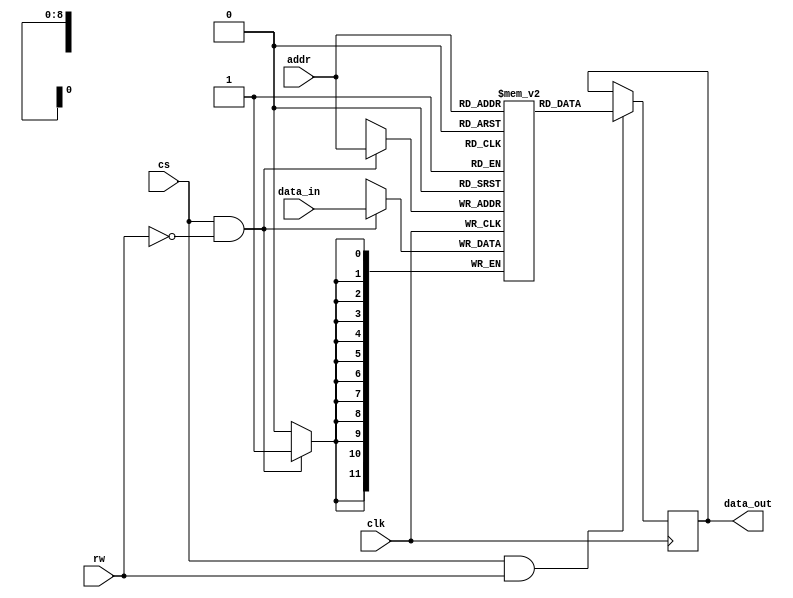
//----------------------------------------------------------------------------
//-- Memoria RAM genrica
//------------------------------------------
//-- (C) BQ. October 2015. Written by Juan Gonzalez (Obijuan)
//-- GPL license
//----------------------------------------------------------------------------
//-- Memoria con los siguientes parametros:
//--  * AW: Numero de bits de las direcciones
//--  * DW: Numero de bits de los datos
//--  * ROMFILE: Fichero a usar para cargar la memoria
//--
//-- Con este componente podemos hacer memorias ram de cualquier tamano
//----------------------------------------------------------------------------

module genram #(             //-- Parametros
         parameter AW = 9,   //-- Bits de las direcciones (Adress width)
         parameter DW = 12)   //-- Bits de los datos (Data witdh)

       (        //-- Puertos
         input clk,                      //-- Seal de reloj global
         input cs,                       //-- Chip select
         input wire [AW-1: 0] addr,      //-- Direcciones
         input wire rw,                  //-- Modo lectura (1) o escritura (0)
         input wire [DW-1: 0] data_in,   //-- Dato de entrada
         output reg [DW-1: 0] data_out); //-- Dato a escribir

//-- Parametro: Nombre del fichero con el contenido de la RAM
parameter ROMFILE = "";

//-- Calcular el numero de posiciones totales de memoria
localparam NPOS = 2 ** AW;

  //-- Memoria
  reg [DW-1: 0] ram [0: NPOS-1];

  //-- Lectura de la memoria
  //-- Solo si el chip select esta activado!
  always @(posedge clk) begin
    if (cs & rw == 1)
        data_out <= ram[addr];
  end

  //-- Escritura en la memoria
  //-- Solo si el chip select esta activado
  always @(posedge clk) begin
    if (cs & rw == 0)
        ram[addr] <= data_in;
  end

//-- Cargar en la memoria el fichero ROMFILE
//-- Los valores deben estan dados en hexadecimal
initial begin
  if (ROMFILE) $readmemh(ROMFILE, ram);
end


endmodule